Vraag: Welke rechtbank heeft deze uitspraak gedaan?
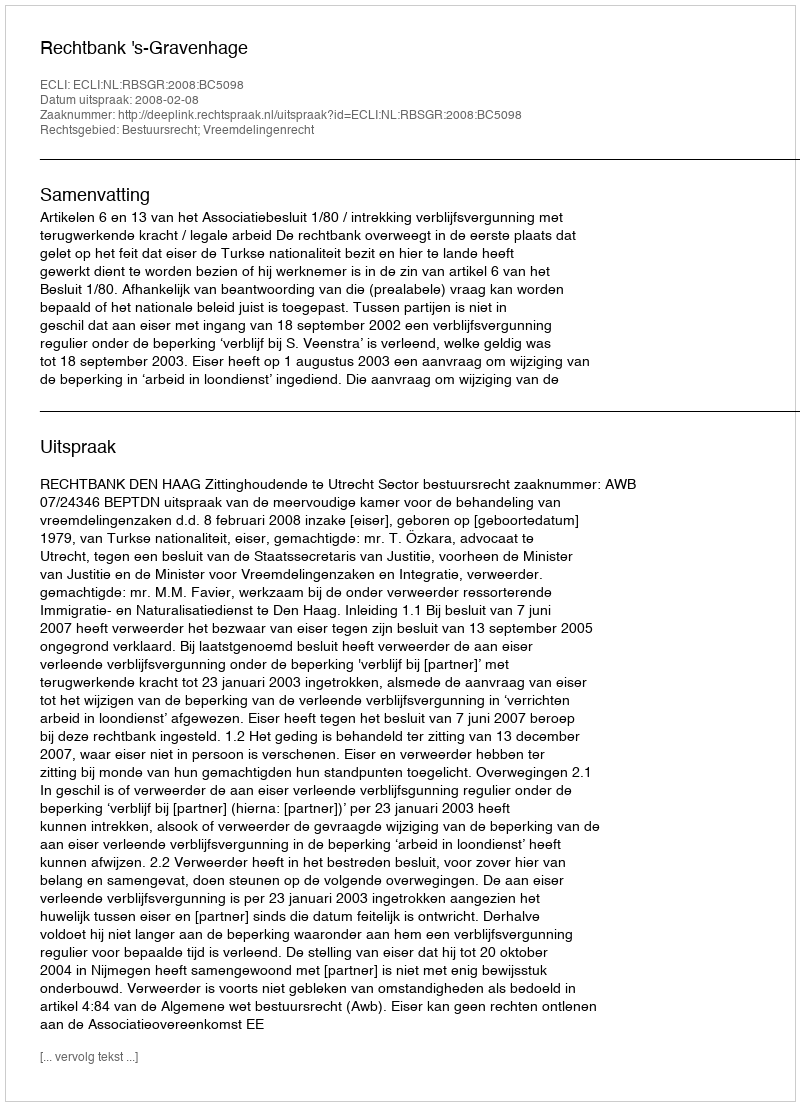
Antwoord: Rechtbank 's-Gravenhage